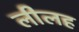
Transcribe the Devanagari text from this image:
लीलह